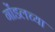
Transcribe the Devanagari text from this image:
गोंडलच्या